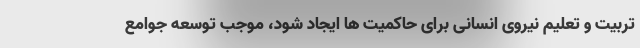
تربیت و تعلیم نیروی انسانی برای حاکمیت ها ایجاد شود، موجب توسعه جوامع